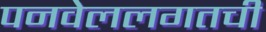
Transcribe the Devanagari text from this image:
पनवेललगतची